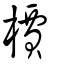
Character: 檟